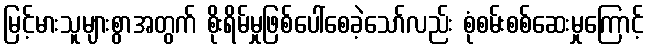
မြင့်မားသူများစွာအတွက် စိုးရိမ်မှုဖြစ်ပေါ်စေခဲ့သော်လည်း စုံစမ်းစစ်ဆေးမှုကြောင့်